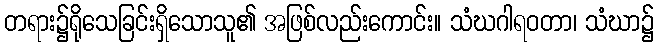
တရား၌ရိုသေခြင်းရှိသောသူ၏ အဖြစ်လည်းကောင်း။ သံဃဂါရဝတာ၊ သံဃာ၌